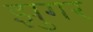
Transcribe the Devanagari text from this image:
झुगर